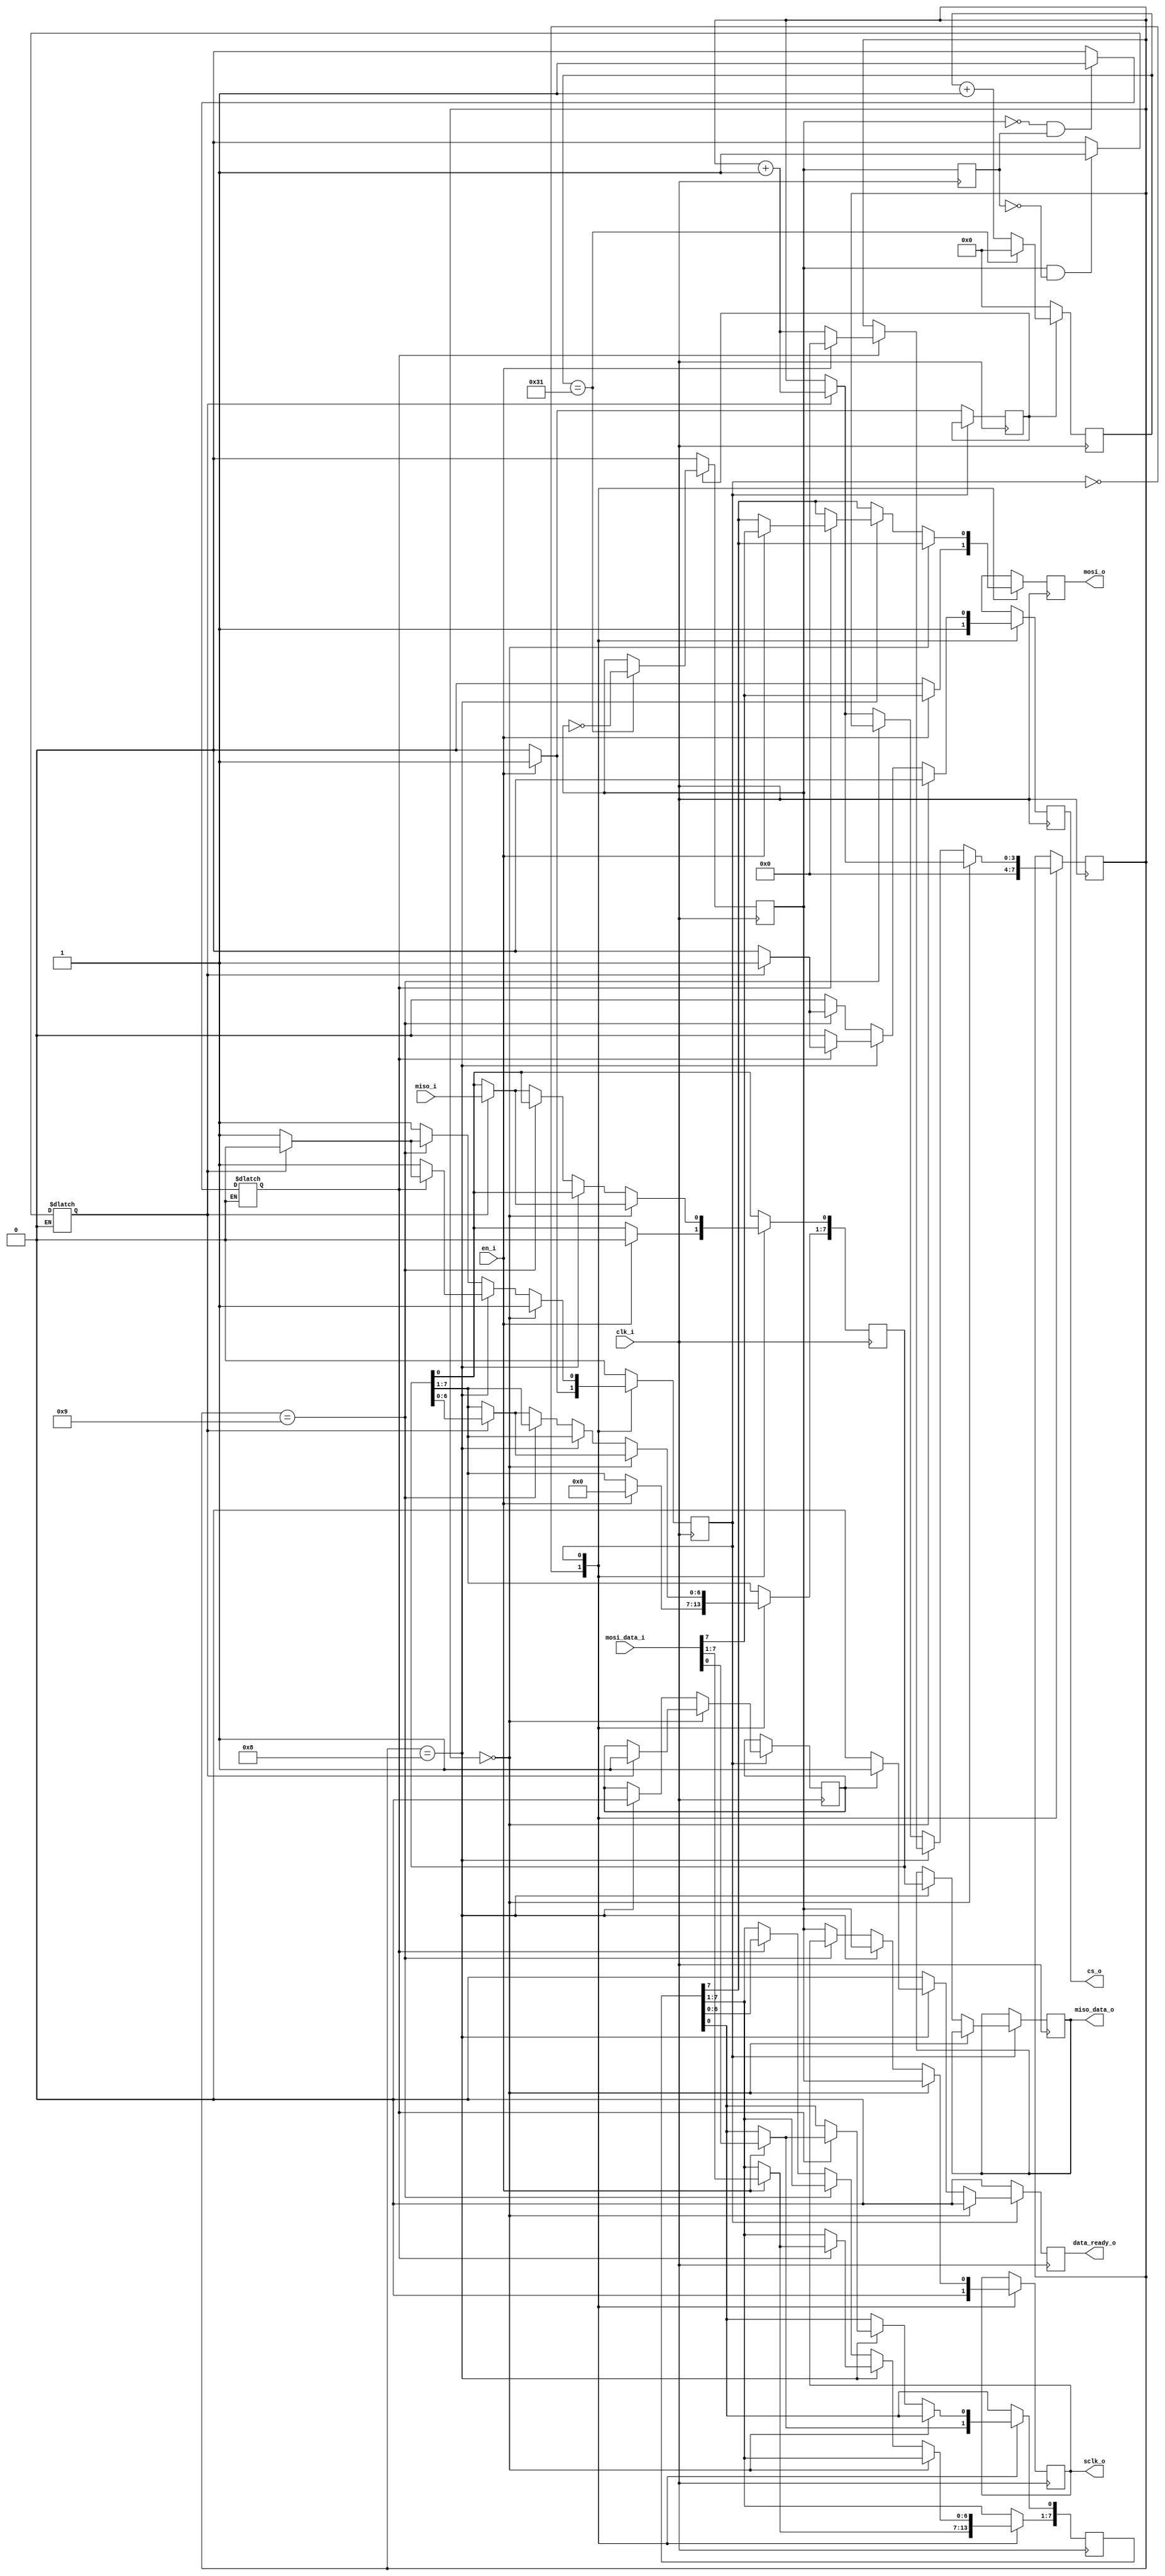
`timescale 1ns / 1ps



module spi_master
    #(
        parameter   p_clkfreq = 100_000_000,
        parameter   p_sclkfreq = 1_000_000,
        parameter   p_cpol = 1'b0,
        parameter   p_cpha = 1'b0
    )
    (   
        input   clk_i, 		
        input   en_i,		
        input [7:0] mosi_data_i, 
        input   miso_i,      
        output reg [7:0] miso_data_o,     
        output reg  data_ready_o,
        output reg  cs_o, 		 
        output reg  sclk_o, 		 
        output reg  mosi_o 		 
    );

    localparam p_edgecntrlimdiv2 = p_clkfreq/(p_sclkfreq*2);
    localparam S_IDLE = 0, S_TRANSFER = 1;

    reg state;    
    reg [7:0] write_reg	= 0;	
    reg [7:0] read_reg	= 0;	

    reg sclk_en	= 0;
    reg sclk = 0;
    reg sclk_next = 0;
    reg sclk_rise = 0;
    reg sclk_fall = 0;

    reg mosi_en	= 0;
    reg miso_en	= 0;
    reg once = 0;

    reg [clogb2(p_edgecntrlimdiv2)-1:0] edgecntr = 0;

    reg [clogb2(15)-1:0] cntr = 0;

    wire [1:0] pol_phase;
    assign pol_phase = {p_cpol,p_cpha};

/////////////////////////////////////////////////////////////////////////////////////////////////////////////
//SAMPLE_EN
/////////////////////////////////////////////////////////////////////////////////////////////////////////////
    always @(pol_phase, sclk_fall, sclk_rise) begin


        case (pol_phase)

            00 : begin
                mosi_en <= sclk_fall;
                miso_en	<= sclk_rise;
            end	
            
            01 : begin	
                mosi_en <= sclk_rise;
                miso_en	<= sclk_fall;
            end
            
            10 : begin	
                mosi_en <= sclk_rise;
			    miso_en	<= sclk_fall;
            end    
        

            11 : begin		
                mosi_en <= sclk_fall;
			    miso_en	<= sclk_rise;
            end    
            	
        endcase

    end        

/////////////////////////////////////////////////////////////////////////////////////////////////////////////
//RISEFALL_DETECT
/////////////////////////////////////////////////////////////////////////////////////////////////////////////

    always @(sclk, sclk_next) begin

        if (sclk == 1 && sclk_next == 0) begin
            sclk_rise <= 1;
        end    
        else begin
            sclk_rise <= 0;
        end 
     
        if (sclk == 0 && sclk_next == 1) begin
            sclk_fall <= 1;
        end    
        else begin
            sclk_fall <= 0;
        end 	

    end  
 
/////////////////////////////////////////////////////////////////////////////////////////////////////////////
//MAIN
/////////////////////////////////////////////////////////////////////////////////////////////////////////////
    
    always @(posedge clk_i) begin


        data_ready_o = 1'b0;
	    sclk_next	= sclk;

        case (state)
        
            S_IDLE : begin
                cs_o			<= 1;
                mosi_o			<= 0;
                data_ready_o	<= 0;			
                sclk_en			<= 0;
                cntr			<= 0; 
    
                if (p_cpol == 0) begin
                    sclk_o	<= 0;
                end    
                else begin
                    sclk_o	<= 1;
                end 	
    
                if (en_i == 1) begin
                    state		<= S_TRANSFER;
                    sclk_en		<= 1;
                    write_reg	<= mosi_data_i;
                    mosi_o		<= mosi_data_i [7];
                    read_reg	<= 8'h00;
                end 
            end	
          
            
            S_TRANSFER : begin	
                cs_o	<= 0;
                mosi_o	<= write_reg[7];
     
     
                if (p_cpha == 1) begin	
     
                    if (cntr == 0) begin
                        sclk_o	<= sclk;
                        if (miso_en == 1) begin
                            read_reg [0]		<=  miso_i;
                            read_reg [7:1]      <=  read_reg [6:0];
                            cntr				<=  cntr + 1;
                            once                <=  1;
                        end 
                    end    			
                    else if (cntr == 8) begin
                        if (once == 1) begin
                            data_ready_o	<= 1;
                            once            <= 0;				       
                        end 					
                        miso_data_o		<= read_reg;
                        if (mosi_en == 1) begin
                            if (en_i == 1) begin
                                write_reg	<= mosi_data_i;
                                mosi_o		<= mosi_data_i[7];	
                                sclk_o		<= sclk;							
                                cntr		<= 0;
                            end    
                            else begin
                                state	<= S_IDLE;
                                cs_o	<= 1;								
                            end 
                        end 
                    end    
                    else if (cntr == 9) begin
                        if (miso_en == 1) begin
                            state	<= S_IDLE;
                            cs_o	<= 1;
                        end 
                    end    						
                    else begin
                        sclk_o	<= sclk;
                        if (miso_en == 1) begin
                            read_reg [0]				<= miso_i;
                            read_reg [7:1] 	<= read_reg [6:0];
                            cntr					<= cntr + 1;
                        end 
                        if (mosi_en == 1) begin
                            mosi_o	<= write_reg [7];
                            write_reg [7:1]	<= write_reg [6:0];
                        end 
                    end 
                end 

                else begin
     
                    if (cntr == 0) begin
                        sclk_o	<= sclk;					
                        if (miso_en == 1) begin
                            read_reg [0]				<= miso_i;
                            read_reg [7:1] 	<= read_reg [6:0];
                            cntr					<= cntr + 1;
                            once                    <= 1;
                        end
                    end     
                    else if (cntr == 8) begin			
                        if (once == 1) begin
                            data_ready_o    <= 1;
                            once            <= 0;                       
                        end 
                        miso_data_o		<= read_reg;
                        sclk_o			<= sclk;
                        if (mosi_en == 1) begin
                            if (en_i == 1) begin
                                write_reg	<= mosi_data_i;
                                mosi_o		<= mosi_data_i [7];		
                                cntr		<= 0;
                            end    
                            else begin
                                cntr	<= cntr + 1;
                            end 
                            if (miso_en == 1) begin
                                state	<= S_IDLE;
                                cs_o	<= 1;							
                            end 
                        end 
                    end    		
                    else if (cntr == 9) begin
                        if (miso_en == 1) begin
                            state	<= S_IDLE;
                            cs_o	<= 1;
                        end 
                    end    
                    else begin
                        sclk_o	<= sclk;
                        if (miso_en == 1) begin
                            read_reg [0]				<= miso_i;
                            read_reg [7:1] 	<= read_reg [6:0];
                            cntr					<= cntr + 1;
                        end 
                        if (mosi_en == 1) begin
                            write_reg [7:1] 	<= write_reg [6:0];
                        end 
                    end 			
     
                end           
            end
            default : begin
                state <= S_IDLE;
            end        
        endcase
        
    end
    
/////////////////////////////////////////////////////////////////////////////////////////////////////////////
//SCLK_GEN
/////////////////////////////////////////////////////////////////////////////////////////////////////////////

    always @(posedge clk_i) begin

        if (sclk_en == 1) begin
            if (edgecntr == p_edgecntrlimdiv2-1) begin
                sclk 		<= (! sclk);
                edgecntr	<= 0;
            end    
            else 
                edgecntr	<= edgecntr + 1;
        end          
        else begin
            edgecntr	<= 0;
            if (p_cpol == 0) begin
                sclk	<= 0;
            end    
            else
                sclk	<= 1;
        end 

    end





    function integer clogb2;
    input integer depth;
    for (clogb2=0; depth>0; clogb2=clogb2+1)
    depth = depth >> 1;
    endfunction

endmodule